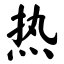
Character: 热